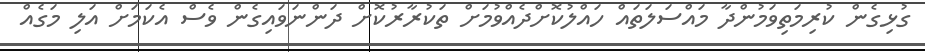
ގުޅިގެން ކުރިމަތިވަމުންދާ މައްސަލަތައް ހައްލުކޮށްދެއްވުމަށް ތަކުރާރުކޮށް ދަންނަވައިގެން ވެސް އެކަމަށް އަލި މަގެއް